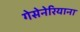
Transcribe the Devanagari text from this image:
गेसेनेरियाना